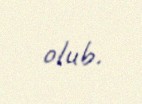
olub.